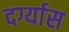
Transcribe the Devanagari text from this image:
दर्ग्यास